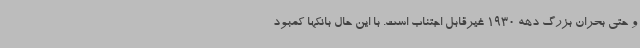
و حتی بحران بزرگ دهه 1930 غیرقابل اجتناب است. با این حال بانکها کمبود